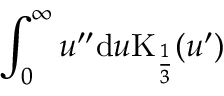
\int _ { 0 } ^ { \infty } u ^ { \prime \prime } \mathrm { d } u \mathrm { K } _ { \frac { 1 } { 3 } } ( u ^ { \prime } )